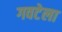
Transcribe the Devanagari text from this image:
गवटेला